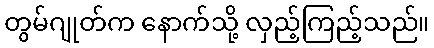
တွမ်ဂျုတ်က နောက်သို့ လှည့်ကြည့်သည်။